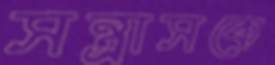
সন্ত্রাসকে